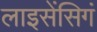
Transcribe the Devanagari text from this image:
लाइसेंसिगं